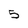
Character: 5